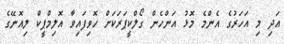
އަދި މި އަހަރުގެ އެންމެ މޮޅު އަންހެން ގޯލްކީޕަރަކަށް ހޮވިފައިވާ އޮލިމްޕީކް ލިއޮނޭގެ